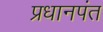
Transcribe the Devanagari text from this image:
प्रधानपंत